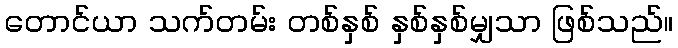
တောင်ယာ သက်တမ်း တစ်နှစ် နှစ်နှစ်မျှသာ ဖြစ်သည်။